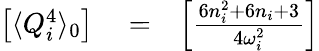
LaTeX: \begin{array}{rlr}{\left[\langle Q_{i}^{4}\rangle_{0}\right]}&{{}=}&{\left[\frac{6n_{i}^{2}+6n_{i}+3}{4\omega_{i}^{2}}\right]}\end{array}